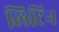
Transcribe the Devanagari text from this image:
लिटिन